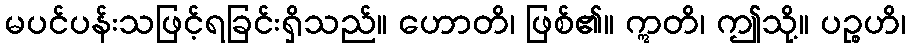
မပင်ပန်းသဖြင့်ရခြင်းရှိသည်။ ဟောတိ၊ ဖြစ်၏။ ဣတိ၊ ဤသို့။ ပဉ္စဟိ၊